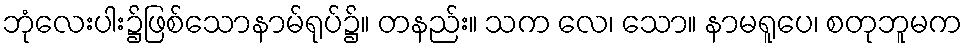
ဘုံလေးပါး၌ဖြစ်သောနာမ်ရုပ်၌။ တနည်း။ သက လေ၊ သော။ နာမရူပေ၊ စတုဘူမက